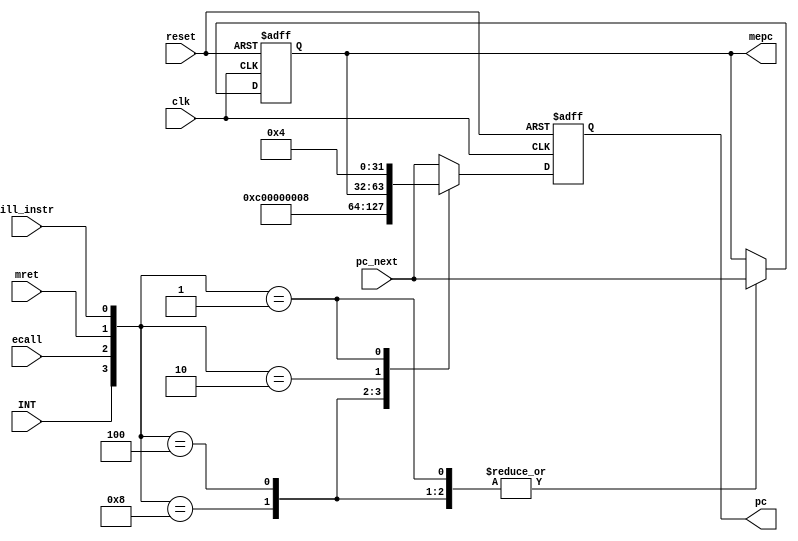
`timescale 1ns / 1ps
//////////////////////////////////////////////////////////////////////////////////
// Company: 
// Engineer: 
// 
// Design Name: 
// Module Name: RV_Int
// Project Name: 
// Target Devices: 
// Tool Versions: 
// Description: 
// 
// Dependencies: 
// 
// Revision:
// Revision 0.01 - File Created
// Additional Comments:
// 
//////////////////////////////////////////////////////////////////////////////////


module RV_Int(
input wire clk,
input wire reset,
input wire INT,
input wire ecall,
input wire mret,
input wire ill_instr,
input wire [31:0] pc_next,
output reg [31:0] pc,
output reg [31:0] mepc
    );
//reg [31:0] mtvec;
//reg [31:0] mepc;
wire [3:0] exc = {INT,ecall,mret,ill_instr};
// INT 0X0C 
// ECALL 0X08
// ILLEGAL 0X04
always@(posedge clk or posedge reset)begin
if(reset) begin
    mepc = 0;
    pc = 0;
end
else begin
case(exc)
    4'b1000:begin
        mepc <= pc_next;
        pc <= 32'hc;
    end
    4'b0100:begin
        mepc <= pc_next;
        pc <= 32'h08;
    end
    4'b0010:begin
        pc <= mepc;
    end
    4'b0001:begin
        mepc <= pc_next;
        pc <= 32'h4;
    end
    default:begin
        mepc <= mepc;
        pc <= pc_next;
    end
endcase
end
end

endmodule